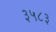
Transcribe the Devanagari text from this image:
३५८३